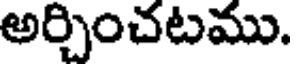
అర్చించటము.